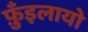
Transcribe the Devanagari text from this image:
फ़ुँइलायो